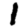
Digit: 1